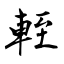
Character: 輊